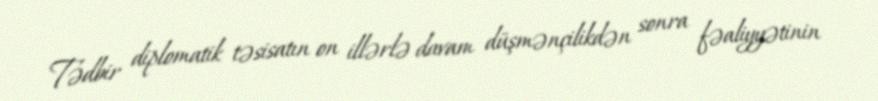
Tədbir diplomatik təsisatın on illərlə davam düşmənçilikdən sonra fəaliyyətinin